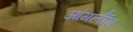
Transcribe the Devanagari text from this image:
आंगलॉँग